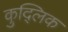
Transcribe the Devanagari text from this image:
कुद्लिक